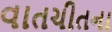
વાતચીતના